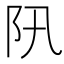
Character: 阠